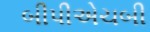
બીપીએચબી